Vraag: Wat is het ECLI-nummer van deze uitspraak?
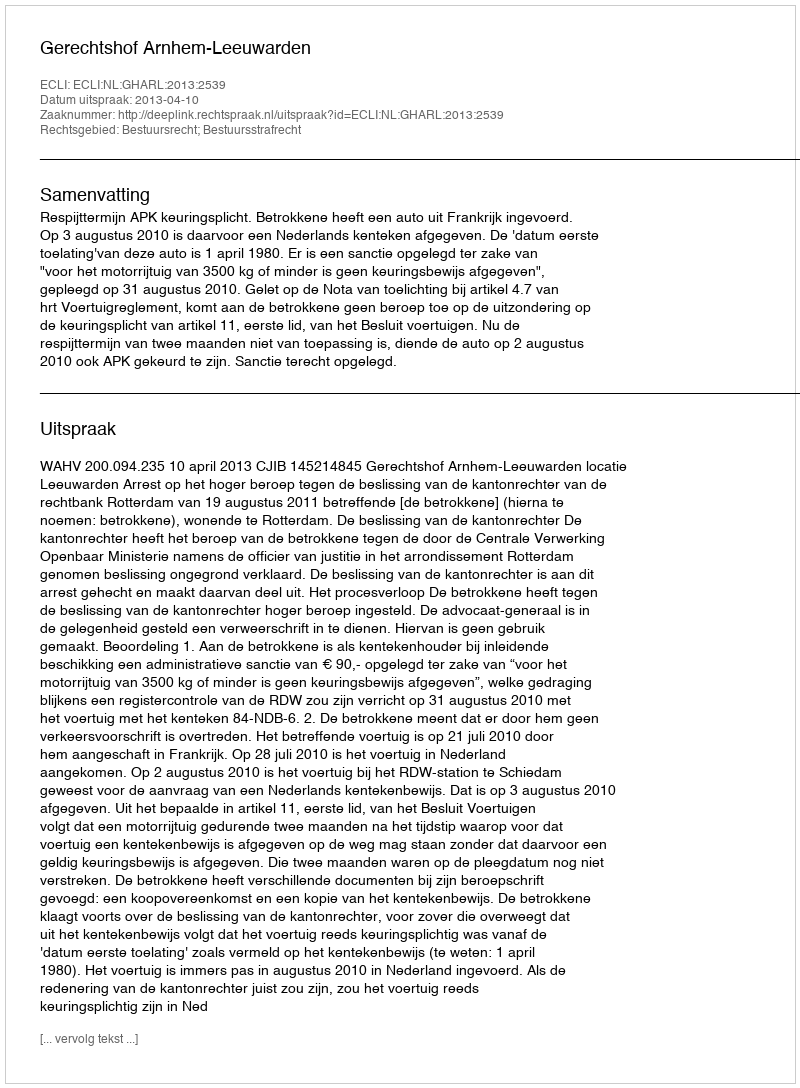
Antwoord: ECLI:NL:GHARL:2013:2539